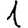
Digit: 1